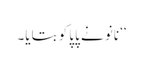
‘‘ نانو نے پاپا کو بتایا۔